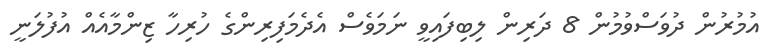
އުމުރުން ދުވަސްވުމުން 8 ދަރިން ލިބިފައިވީ ނަމަވެސް އެދެމަފިރިންގެ ހުރިހާ ޒިންމާއެއް އުފުލަނީ